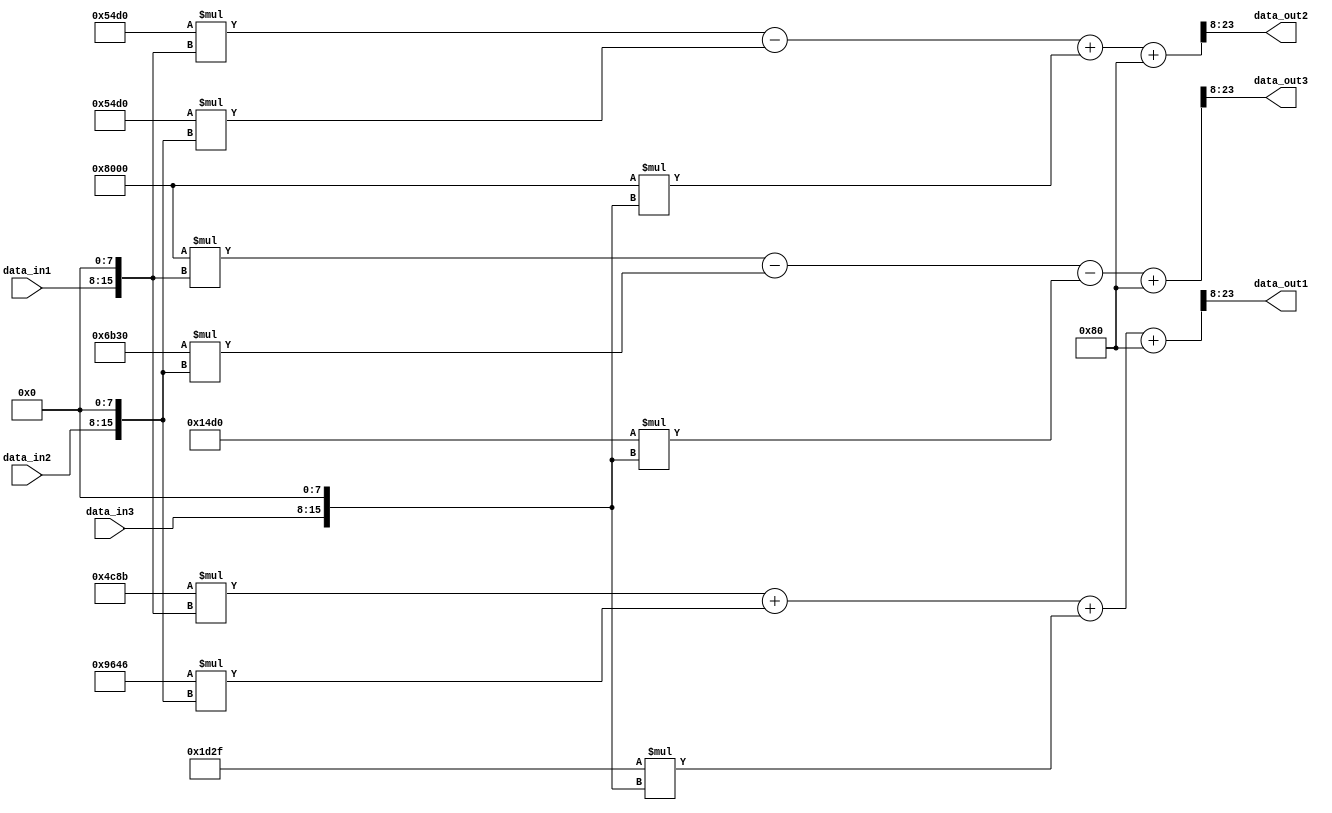
// ///////////////////////////////////////////////////////////////////////////
module rgb_to_yuv
    #(parameter DATA_WIDTH=8,
      parameter FRAC_WIDTH=8)
(
   input [DATA_WIDTH-1:0] data_in1,
   input [DATA_WIDTH-1:0] data_in2,
   input [DATA_WIDTH-1:0] data_in3,

   output signed [DATA_WIDTH+FRAC_WIDTH-1:0] data_out1,
   output signed [DATA_WIDTH+FRAC_WIDTH-1:0] data_out2,
   output signed [DATA_WIDTH+FRAC_WIDTH-1:0] data_out3

);

   wire signed [DATA_WIDTH+FRAC_WIDTH-1:0] Rint_fp, Gint_fp, Bint_fp;

//RGB to YUV Adjustments and calculations
// Adjust widths of components based on frac bits and input width
   assign Rint_fp = $signed({data_in1, {FRAC_WIDTH{1'b0}}});
   assign Gint_fp = $signed({data_in2, {FRAC_WIDTH{1'b0}}});
   assign Bint_fp = $signed({data_in3, {FRAC_WIDTH{1'b0}}});
// Conversion calculations using fixed-point arithmetic
   assign data_out1 = ((19595 * Rint_fp + 38470 * Gint_fp + 7471 * Bint_fp + (1 << (FRAC_WIDTH - 1))) >>> FRAC_WIDTH);
   assign data_out2 = ((-11056 * Rint_fp - 21712 * Gint_fp + 32768 * Bint_fp + (1 << (FRAC_WIDTH - 1))) >>> FRAC_WIDTH);
   assign data_out3 = ((32768 * Rint_fp - 27440 * Gint_fp - 5328 * Bint_fp + (1 << (FRAC_WIDTH - 1))) >>> FRAC_WIDTH);
  
endmodule